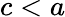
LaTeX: c<a